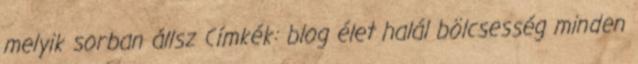
melyik sorban állsz Címkék: blog élet halál bölcsesség minden